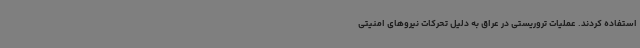
استفاده کردند. عملیات تروریستی در عراق به دلیل تحرکات نیروهای امنیتی